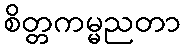
စိတ္တကမ္မညတာ